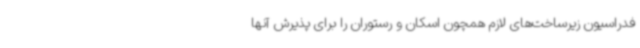
فدراسیون زیرساخت‌های لازم همچون اسکان و رستوران را برای پذیرش آنها